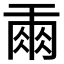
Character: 𰁙